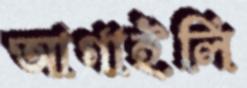
আগাইলি